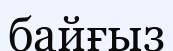
байғыз